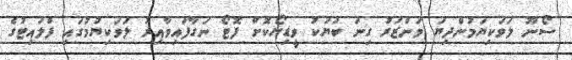
ސޯނޫ ލަވަކިޔަމުންދިޔަ މަންޒަރު ގިނަ ބަޔަކު ވީޑިޔޯކޮށް ފޮޓޯ ނަގާފައިވާއިރު ލަވަކިޔުމުގައި ފްލައިޓުގެ